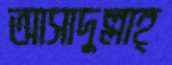
আসাদুল্লাহ্